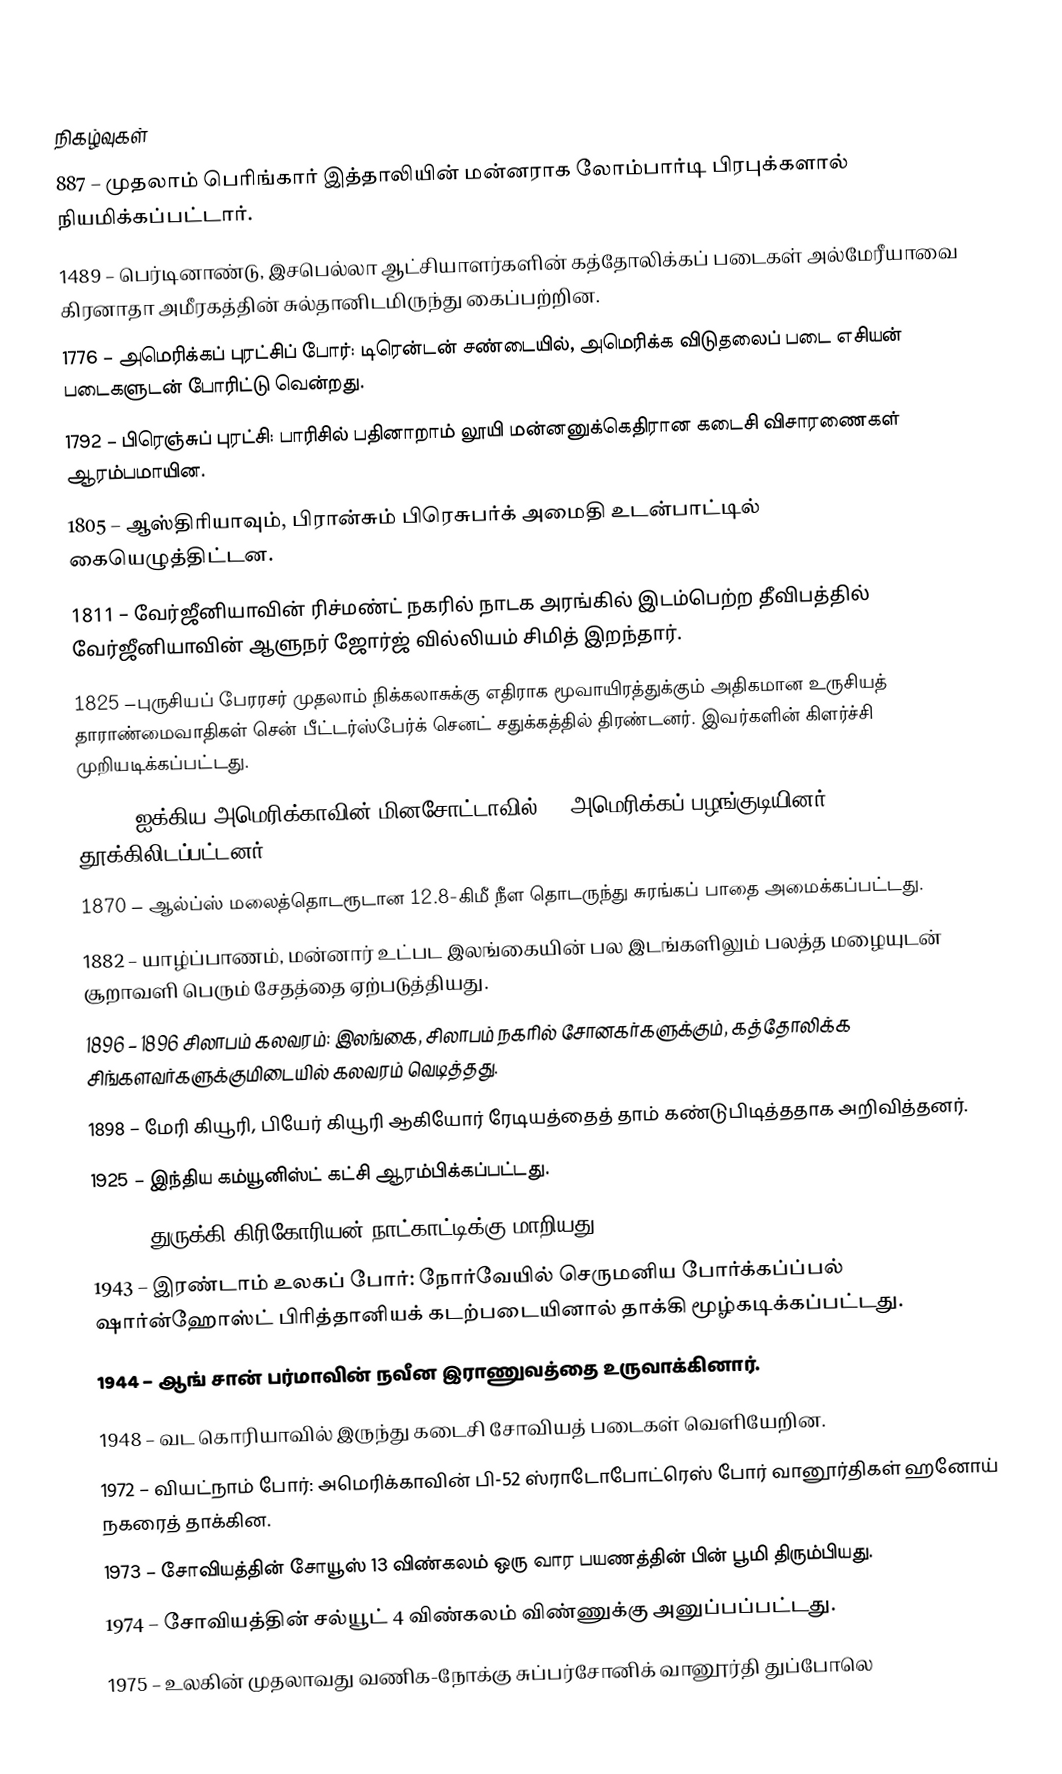

நிகழ்வுகள்
887 – முதலாம் பெரிங்கார் இத்தாலியின் மன்னராக லோம்பார்டி பிரபுக்களால் நியமிக்கப்பட்டார்.
1489 – பெர்டினாண்டு, இசபெல்லா ஆட்சியாளர்களின் கத்தோலிக்கப் படைகள் அல்மேரீயாவை கிரனாதா அமீரகத்தின் சுல்தானிடமிருந்து கைப்பற்றின.
1776 – அமெரிக்கப் புரட்சிப் போர்: டிரென்டன் சண்டையில், அமெரிக்க விடுதலைப் படை எசியன் படைகளுடன் போரிட்டு வென்றது.
1792 – பிரெஞ்சுப் புரட்சி: பாரிசில் பதினாறாம் லூயி மன்னனுக்கெதிரான கடைசி விசாரணைகள் ஆரம்பமாயின.
1805 – ஆஸ்திரியாவும், பிரான்சும் பிரெசுபர்க் அமைதி உடன்பாட்டில் கையெழுத்திட்டன.
1811 – வேர்ஜீனியாவின் ரிச்மண்ட் நகரில் நாடக அரங்கில் இடம்பெற்ற தீவிபத்தில் வேர்ஜீனியாவின் ஆளுநர் ஜோர்ஜ் வில்லியம் சிமித் இறந்தார்.
1825 –புருசியப் பேரரசர் முதலாம் நிக்கலாசுக்கு எதிராக மூவாயிரத்துக்கும் அதிகமான உருசியத் தாராண்மைவாதிகள் சென் பீட்டர்ஸ்பேர்க் செனட் சதுக்கத்தில் திரண்டனர். இவர்களின் கிளர்ச்சி முறியடிக்கப்பட்டது.
1862 – ஐக்கிய அமெரிக்காவின் மினசோட்டாவில் 39 அமெரிக்கப் பழங்குடியினர் தூக்கிலிடப்பட்டனர்.
1870 – ஆல்ப்ஸ் மலைத்தொடரூடான 12.8-கிமீ நீள தொடருந்து சுரங்கப் பாதை அமைக்கப்பட்டது.
1882 – யாழ்ப்பாணம், மன்னார் உட்பட இலங்கையின் பல இடங்களிலும் பலத்த மழையுடன் சூறாவளி பெரும் சேதத்தை ஏற்படுத்தியது.
1896 – 1896 சிலாபம் கலவரம்: இலங்கை, சிலாபம் நகரில் சோனகர்களுக்கும், கத்தோலிக்க சிங்களவர்களுக்குமிடையில் கலவரம் வெடித்தது.
1898 – மேரி கியூரி, பியேர் கியூரி ஆகியோர் ரேடியத்தைத் தாம் கண்டுபிடித்ததாக அறிவித்தனர்.
1925 – இந்திய கம்யூனிஸ்ட் கட்சி ஆரம்பிக்கப்பட்டது.
1925 – துருக்கி கிரிகோரியன் நாட்காட்டிக்கு மாறியது.
1943 – இரண்டாம் உலகப் போர்: நோர்வேயில் செருமனிய போர்க்கப்ப்பல் ஷார்ன்ஹோஸ்ட் பிரித்தானியக் கடற்படையினால் தாக்கி மூழ்கடிக்கப்பட்டது.
1944 – ஆங் சான் பர்மாவின் நவீன இராணுவத்தை உருவாக்கினார்.
1948 – வட கொரியாவில் இருந்து கடைசி சோவியத் படைகள் வெளியேறின.
1972 – வியட்நாம் போர்: அமெரிக்காவின் பி-52 ஸ்ராடோபோட்ரெஸ் போர் வானூர்திகள் ஹனோய் நகரைத் தாக்கின.
1973 – சோவியத்தின் சோயூஸ் 13 விண்கலம் ஒரு வார பயணத்தின் பின் பூமி திரும்பியது.
1974 – சோவியத்தின் சல்யூட் 4 விண்கலம் விண்ணுக்கு அனுப்பப்பட்டது.
1975 – உலகின் முதலாவது வணிக-நோக்கு சுப்பர்சோனிக் வானூர்தி துப்போலெ